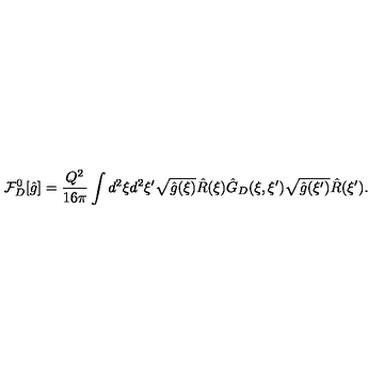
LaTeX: { \mathcal { F } _ { D } ^ { 0 } } [ \hat { g } ] = { \frac { Q ^ { 2 } } { 1 6 \pi } } \int { d ^ { 2 } } \xi { d ^ { 2 } } \xi ^ { \prime } \sqrt { \hat { g } ( \xi ) } \hat { R } ( \xi ) { \hat { G } _ { D } } ( \xi , \xi ^ { \prime } ) \sqrt { \hat { g } ( \xi ^ { \prime } ) } \hat { R } ( \xi ^ { \prime } ) .